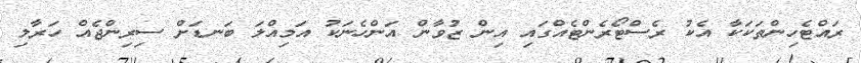
ރައްޓެހިންތަކަކާ އެކު ރެސްޓޯރެންޓެއްގައި އިން ޒުވާން އަންހެނަކު އަމިއްލަ ބަނޑަށް ސިރިންޖެއް ހަރާލި